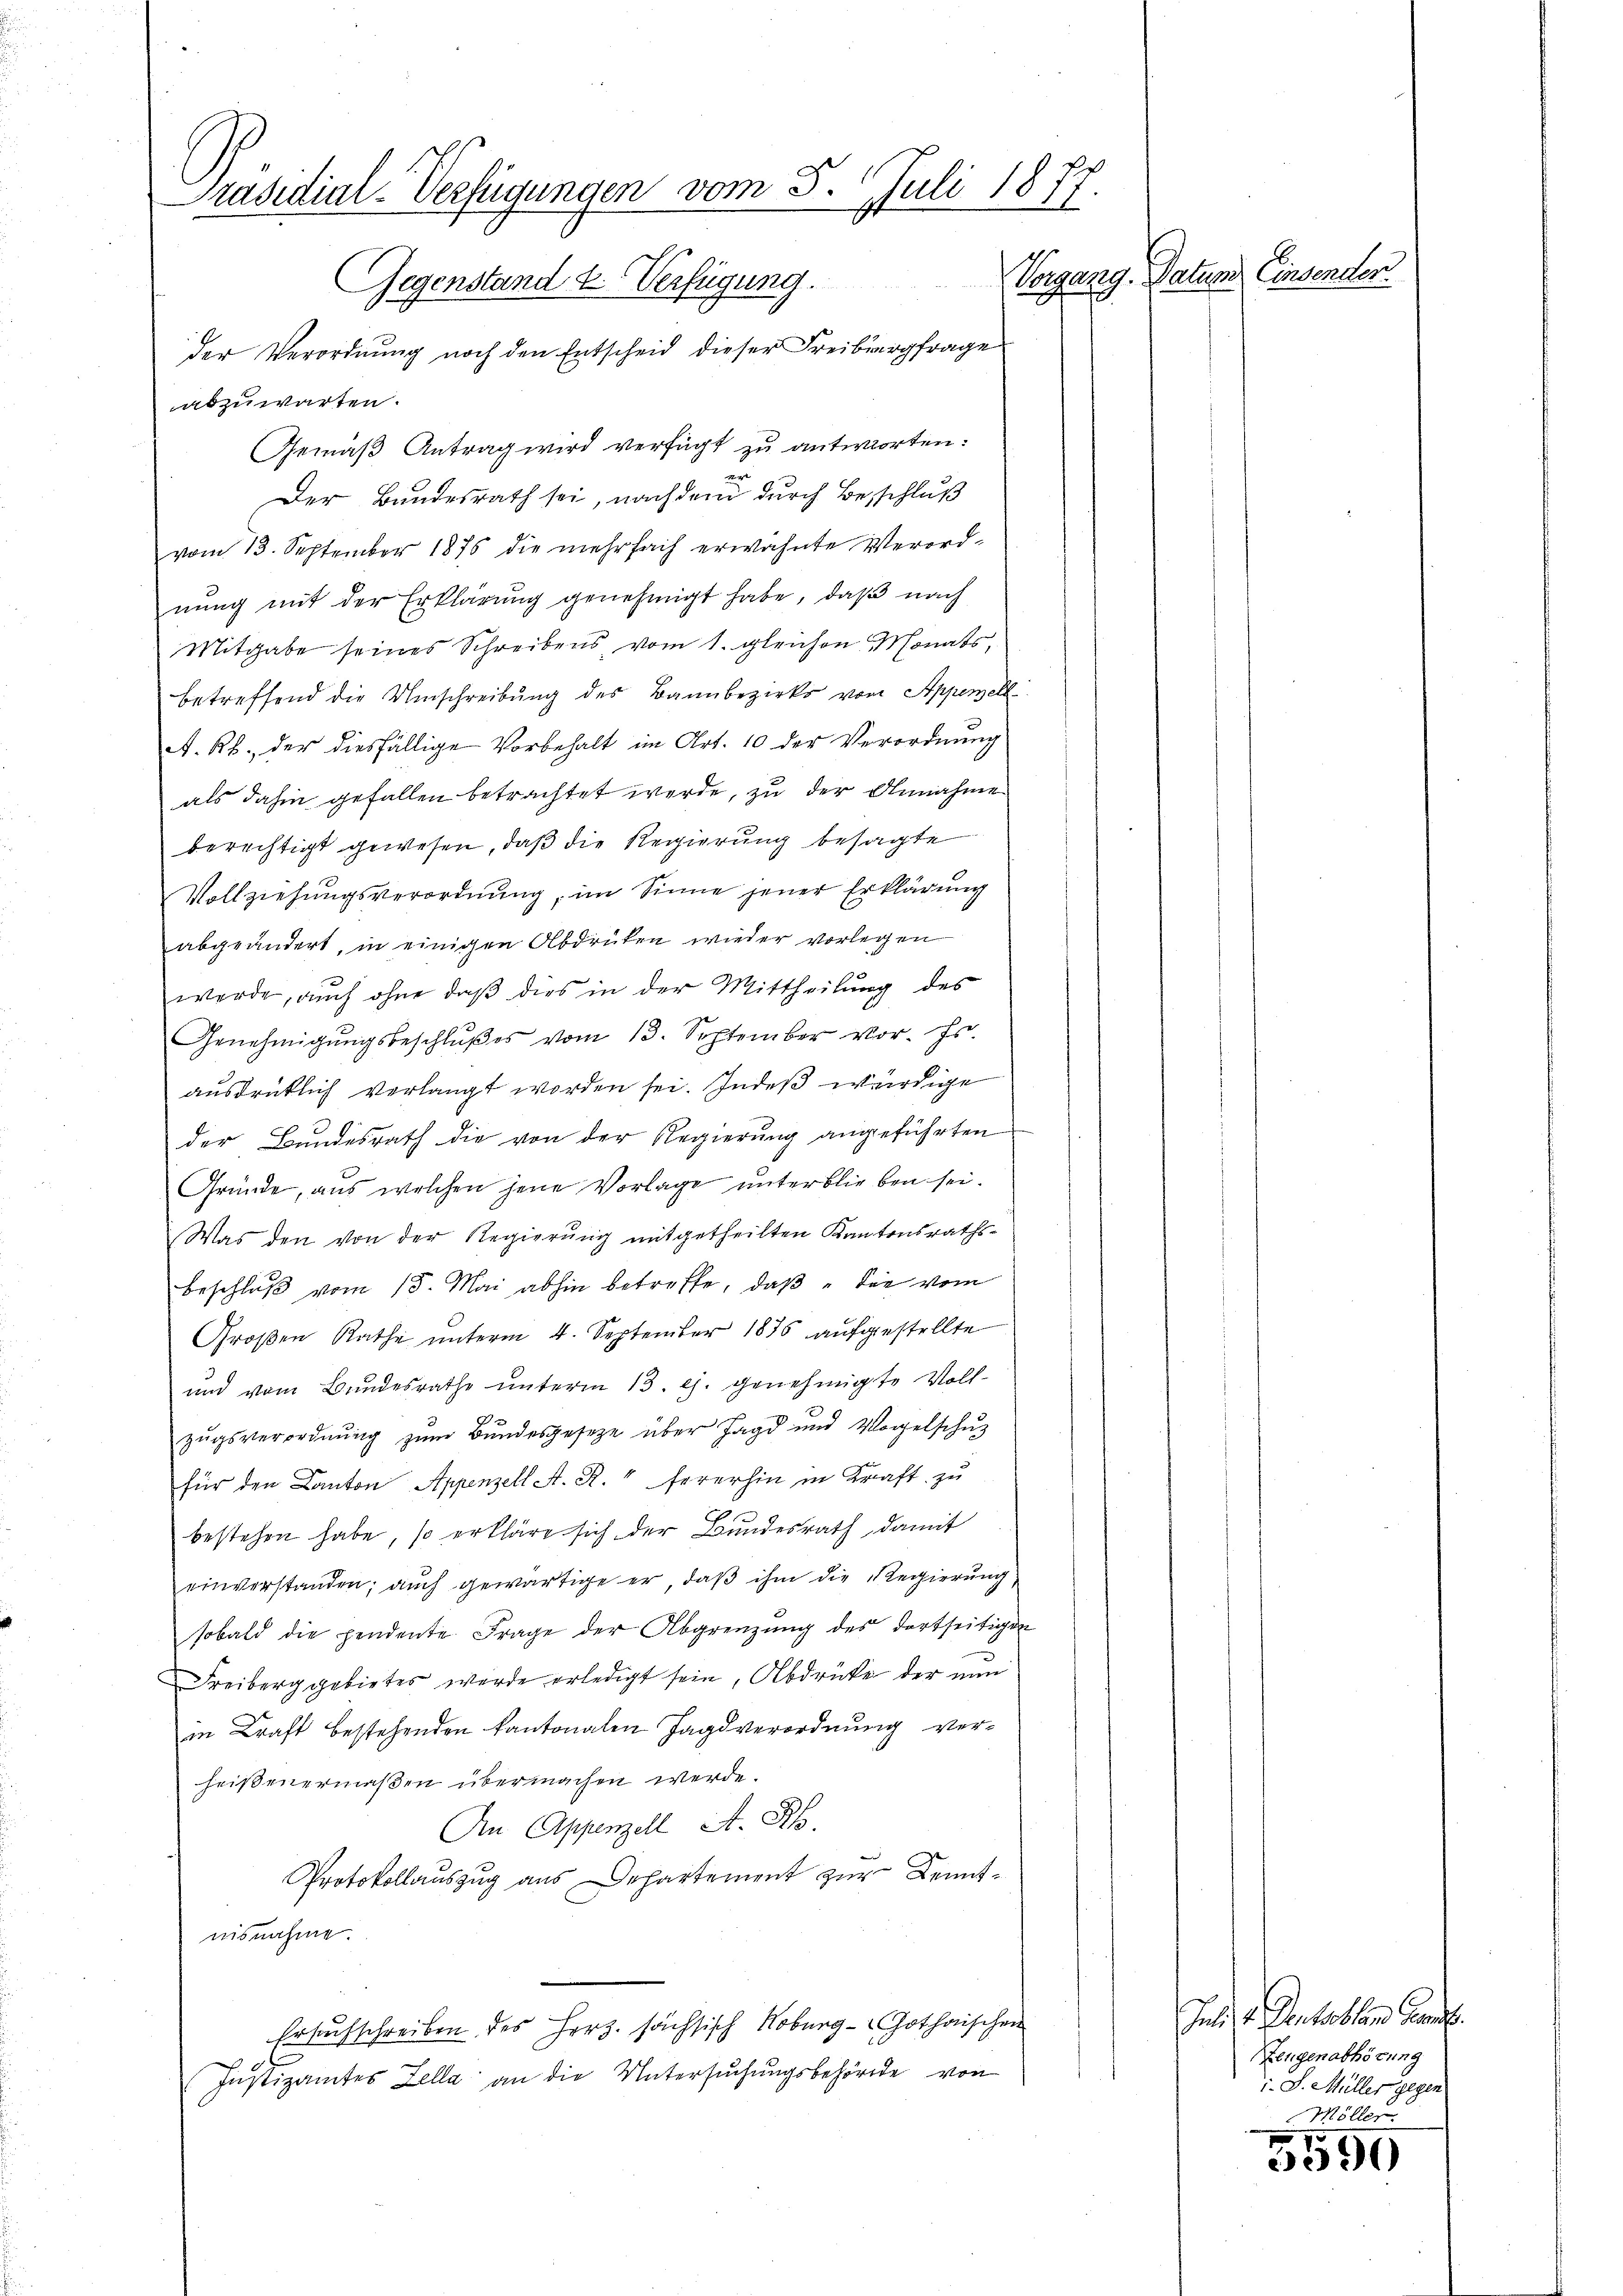
Präsidial-Verfügungen vom 5. Juli 1877
Vorgang. Datum Einsenden
Gegenstand u. Verfügung.

der Verordnung noch den Entscheid dieser Freiburgfrage
abzuwarten.
Gemäß Antrag wird verfügt zu antworten:
r
Der Bundesrath sei, nachdem durch Beschluß
vom 13. September 1875 die mehrfach erwähnte Verord-
nung mit der Erklärung genehmigt habe, daß nach
Mitgabe seines Schreibens vom 1. gleichen Monats,
betreffend die Umschreibŭng des Bannbezirks von Appenell
A. R., der diesfällige Vorbehalt im Art. 10 der Verordnung
als dahin gefallen betrachtet werde, zu der Annahme
berechtigt gewesen, daß die Regierung besagte
Vollziehungsverordnung, im Sinne jener Erklärung
abgeändert, in einigen Abdrüken wieder vorlegen
werde, auch ohne daß dies in der Mittheilung des
Genehmigungsbeschlußes vom 13. September vor. Js.
ausdrücklich verlangt worden sei. Indeß würdige
der Bundesrath die von der Regierung angeführten
Gründe, aus welchen jene Vorlage unterblieben sei.
Was den von der Regierung mitgetheilten Kantonsraths¬
Beschluß vom 15. Mai abhin betreffe, daß die vom
Großen Rathe unterm 4. September 1875 aufgestellte
und vom Bundesrathe unterm 13. ej. genehmigte Vollzŭgsverordnŭng zŭm Bŭndesgeseze über Jagd und Vorgelschŭz
für den Canton Appenzell A. R. 4 fererhin in Kraft zu
bestehen habe, so erkläre sich der Bundesrath, damit
einverstanden; auch gewärtige er, daβ ihm die Regierŭng
sobald die pendente Frage der Abgrenzung des dortseitigen
Freiberg gebietes werde erledigt sein, Abdrucke der nun
in Kraft bestehenden kantonalen Jagdverordnung verheißenermaßen übermachen werde.
An Appenzell A. R
Protokollauszug aus Departement zur Kenntnisnahme.
Ersuchschreiben des Herz. sächsisch Koburg - Gothaischen
Justizamtes Zella an die Untersuchungsbehörde von

Juli v. Dentoblen Gen
Lengenabhörung
i. S. Müller gegen
Möller.

5590